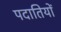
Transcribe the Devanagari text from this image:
पदातियों